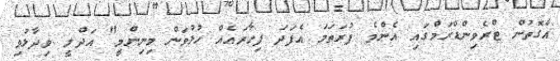
އެގޮތުން ޓްރެވިންޑްރަމްގައި އެންމެ ފުރަތަމަ އެފަދަ ފިހާރައެއް ހުޅުވަން މިނިންމީ" އަދްލީ ވިދާޅުވި